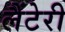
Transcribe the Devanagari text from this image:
लैंटेरी